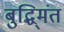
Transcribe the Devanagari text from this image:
बुद्धि्मंत